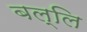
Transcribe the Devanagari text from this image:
बल्लि